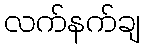
လက်နက်ချ